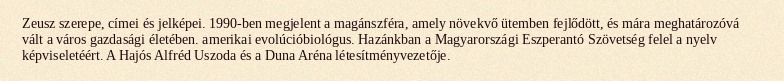
Zeusz szerepe, címei és jelképei. 1990-ben megjelent a magánszféra, amely növekvő ütemben fejlődött, és mára meghatározóvá vált a város gazdasági életében. amerikai evolúcióbiológus. Hazánkban a Magyarországi Eszperantó Szövetség felel a nyelv képviseletéért. A Hajós Alfréd Uszoda és a Duna Aréna létesítményvezetője.